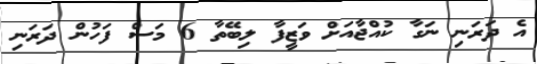
އެ ދަރަނި ނަގާ ކުއްޖާއަށް ވަޒީފާ ލިބޭތާ 6 މަސް ފަހުން ދަރަނި